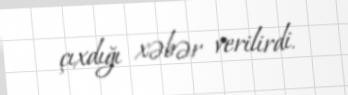
çıxdığı xəbər verilirdi.